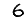
Digit: 6